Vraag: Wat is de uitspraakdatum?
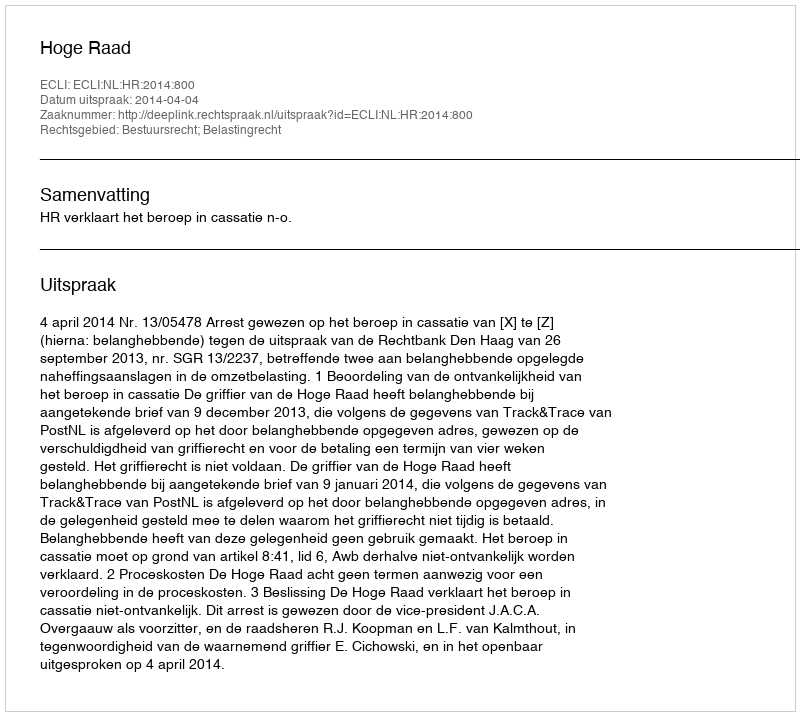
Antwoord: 2014-04-04